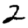
Digit: 2